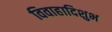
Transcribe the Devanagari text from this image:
विवाहादिशुभ